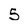
Character: 5